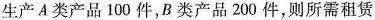
生产A类产品100件，B类产品200件，则所需租赁